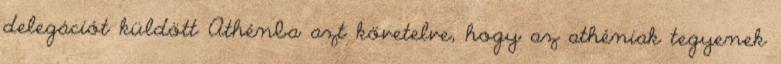
delegációt küldött Athénba azt követelve, hogy az athéniak tegyenek